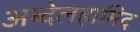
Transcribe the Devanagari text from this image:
अब्देलहामिद